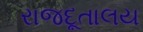
રાજદૂતાલય